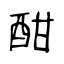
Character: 酣